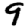
Digit: 9